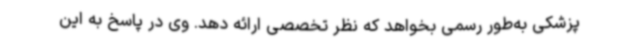
پزشکی به‌طور رسمی بخواهد که نظر تخصصی ارائه دهد. وی در پاسخ به این